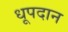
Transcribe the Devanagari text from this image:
धूपदान